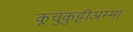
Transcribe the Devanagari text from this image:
कूचुकुट्टीअम्मा